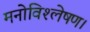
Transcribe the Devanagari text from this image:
मनोविश्लेषण।